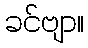
ခင်ဗျာ။